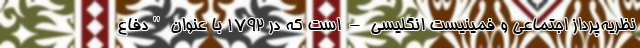
نظریه‌پرداز اجتماعی و فمینیست انگلیسی – است که در 1792 با عنوان "دفاع